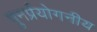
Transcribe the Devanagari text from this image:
पुनर्प्रयोगनीय